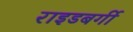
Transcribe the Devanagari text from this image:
राइडबर्गी